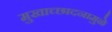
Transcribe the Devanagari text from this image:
मुखाच्छादनामुळे